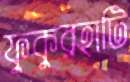
ফুকুরহাটি